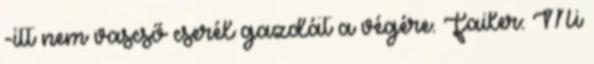
-itt nem vascső cserél gazdát a végére. Failer: Mi